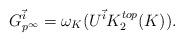
LaTeX: \begin{align*}G_{p^\infty}^{\vec{i}}=\omega_K(U^{\vec{i}}K_2^{top}(K)).\end{align*}